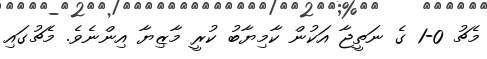
މެޗު 0-1 ގެ ނަތީޖާ އަކުން ކާމިޔާބު ކުރީ މާޒިޔާ އިންނެވެ. މެޗުގައި